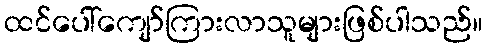
ထင်ပေါ်ကျော်ကြားလာသူများဖြစ်ပါသည်။